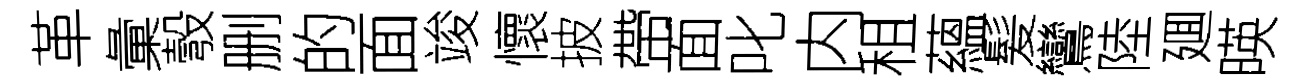
革彙彀删的面竣懷披帶面叱内租蘊髪鸞陸廽暎